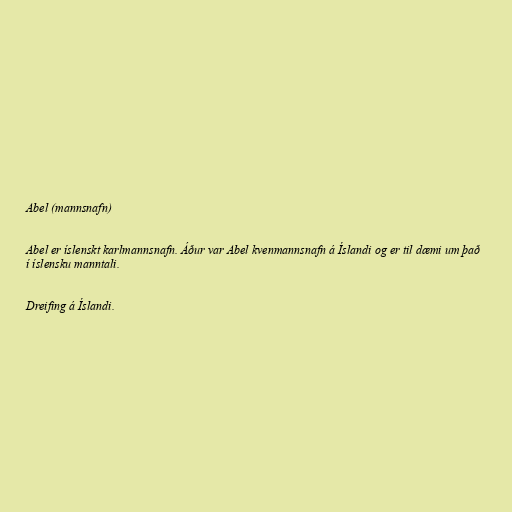
Abel (mannsnafn)

Abel er íslenskt karlmannsnafn. Áður var Abel kvenmannsnafn á Íslandi og er til dæmi um það
í íslensku manntali.

Dreifing á Íslandi.